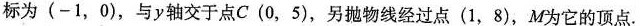
标为（-1，0），与y轴交于点C（0，5），另抛物线经过点（1，8），M为它的顶点.